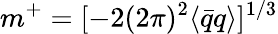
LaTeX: m^{+}=[-2(2\pi)^{2}\langle\bar{q}q\rangle]^{1/3}